Civil Veterinary Department ledger series I-VI
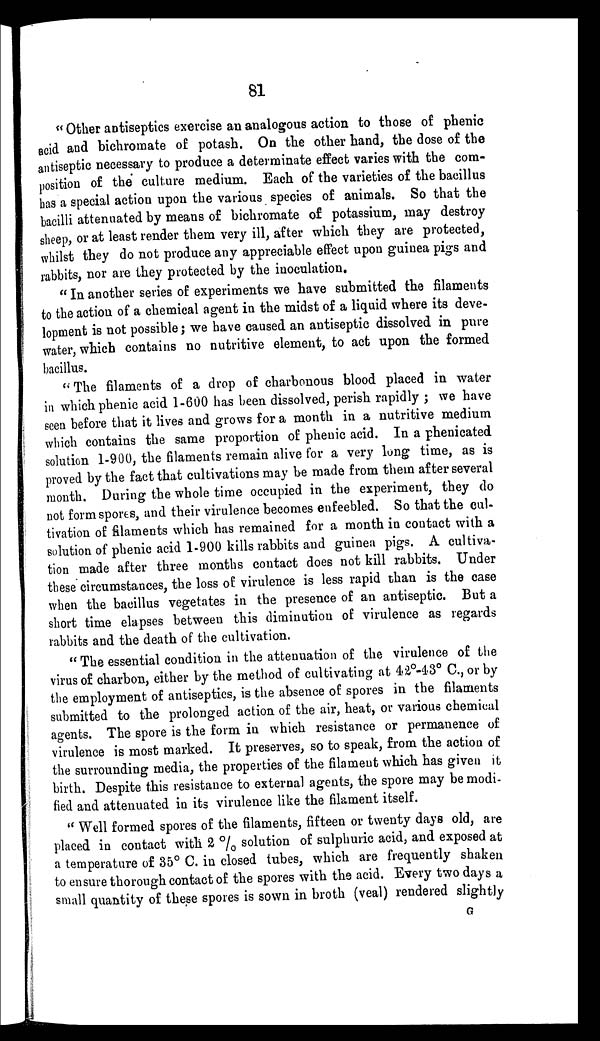
81
" Other antiseptics exercise an analogous action to those of phenic
acid and bichromate of potash. On the other hand, the dose of the
antiseptic necessary to produce a determinate effect varies with the com-
position of the culture medium. Each of the varieties of the bacillus
has a special action upon the various species of animals. So that the
bacilli attenuated by means of bichromate of potassium, may destroy
sheep, or at least render them very ill, after which they are protected,
whilst they do not produce any appreciable effect upon guinea pigs and
rabbits, nor are they protected by the inoculation.
" In another series of experiments we have submitted the filaments
to the action of a chemical agent in the midst of a liquid where its deve-
lopment is not possible; we have caused an antiseptic dissolved in pure
water, which contains no nutritive element, to act upon the formed
bacillus.
" The filaments of a drop of charbonous blood placed in water
in which phenic acid 1-600 has been dissolved, perish rapidly ; we have
seen before that it lives and grows for a month in a nutritive medium
which contains the same proportion of phenic acid. In a phenicated
solution 1-900, the filaments remain alive for a very long time, as is
proved by the fact that cultivations may be made from them after several
month. During the whole time occupied in the experiment, they do
not form spores, and their virulence becomes enfeebled. So that the cul-
tivation of filaments which has remained for a month in contact with a
solution of phenic acid 1-900 kills rabbits and guinea pigs. A cultiva-
tion made after three months contact does not kill rabbits. Under
these circumstances, the loss of virulence is less rapid than is the case
when the bacillus vegetates in the presence of an antiseptic. But a
short time elapses between this diminution of virulence as regards
rabbits and the death of the cultivation.
" The essential condition in the attenuation of the virulence of the
virus of charbon, either by the method of cultivating at 42°-43° C., or by
the employment of antiseptics, is the absence of spores in the filaments
submitted to the prolonged action of the air, heat, or various chemical
agents. The spore is the form in which resistance or permanence of
virulence is most marked. It preserves, so to speak, from the action of
the surrounding media, the properties of the filament which has given it
birth. Despite this resistance to external agents, the spore may be modi-
fied and attenuated in its virulence like the filament itself.
" Well formed spores of the filaments, fifteen or twenty days old, are
placed in contact with 2 % solution of sulphuric acid, and exposed at
a temperature of 35° C. in closed tubes, which are frequently shaken
to ensure thorough contact of the spores with the acid. Every two days a
small quantity of these spores is sown in broth (veal) rendered slightly
G